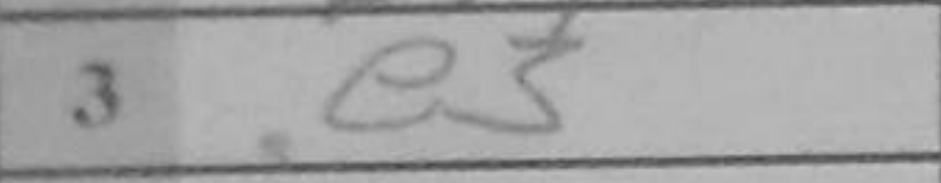
Transcription: e3